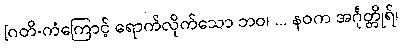
[ဂတိ-ကံကြောင့် ရောက်လိုက်သော ဘဝ၊ ... နဝက အင်္ဂုတ္တိုရ်၊